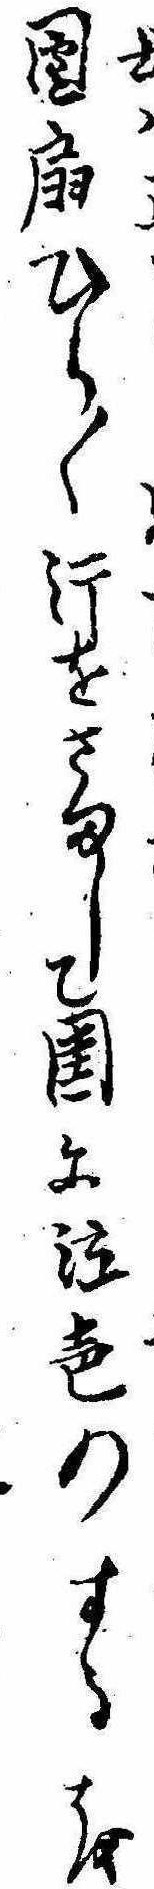
団扇ひら〱汗をさまして閨に泣声のするを